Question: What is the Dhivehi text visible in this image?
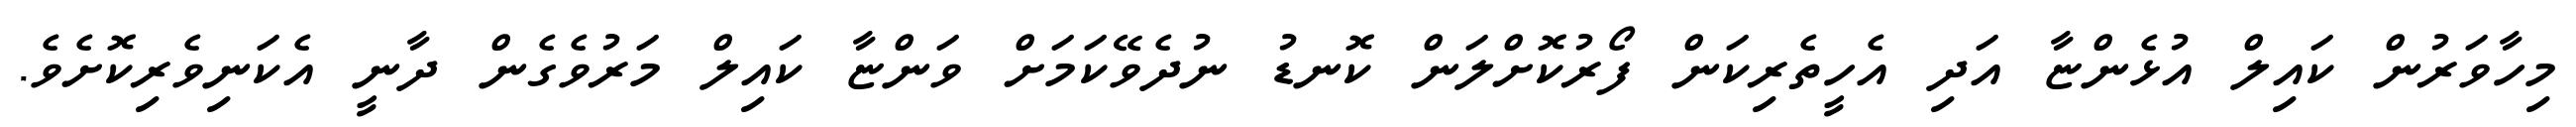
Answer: މިހާވަރުން ކައިލް އުޅެންޏާ އަދި އެހީތެރިކަން ފޯރުކޮށްލަން ކޮނޑު ނުދެވޭކަމަށް ވަންޏާ ކައިލް މަރުވެގެން ދާނީ އެކަނިވެރިކޮށެވެ.